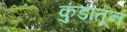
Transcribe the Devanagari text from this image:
कुंडांतून